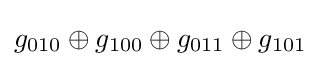
g_{010}\oplus g_{100}\oplus g_{011}\oplus g_{101}